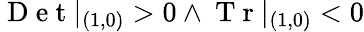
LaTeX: \mathrm{~D~e~t~}|_{(1,0)}>0\land\mathrm{~T~r~}|_{(1,0)}<0